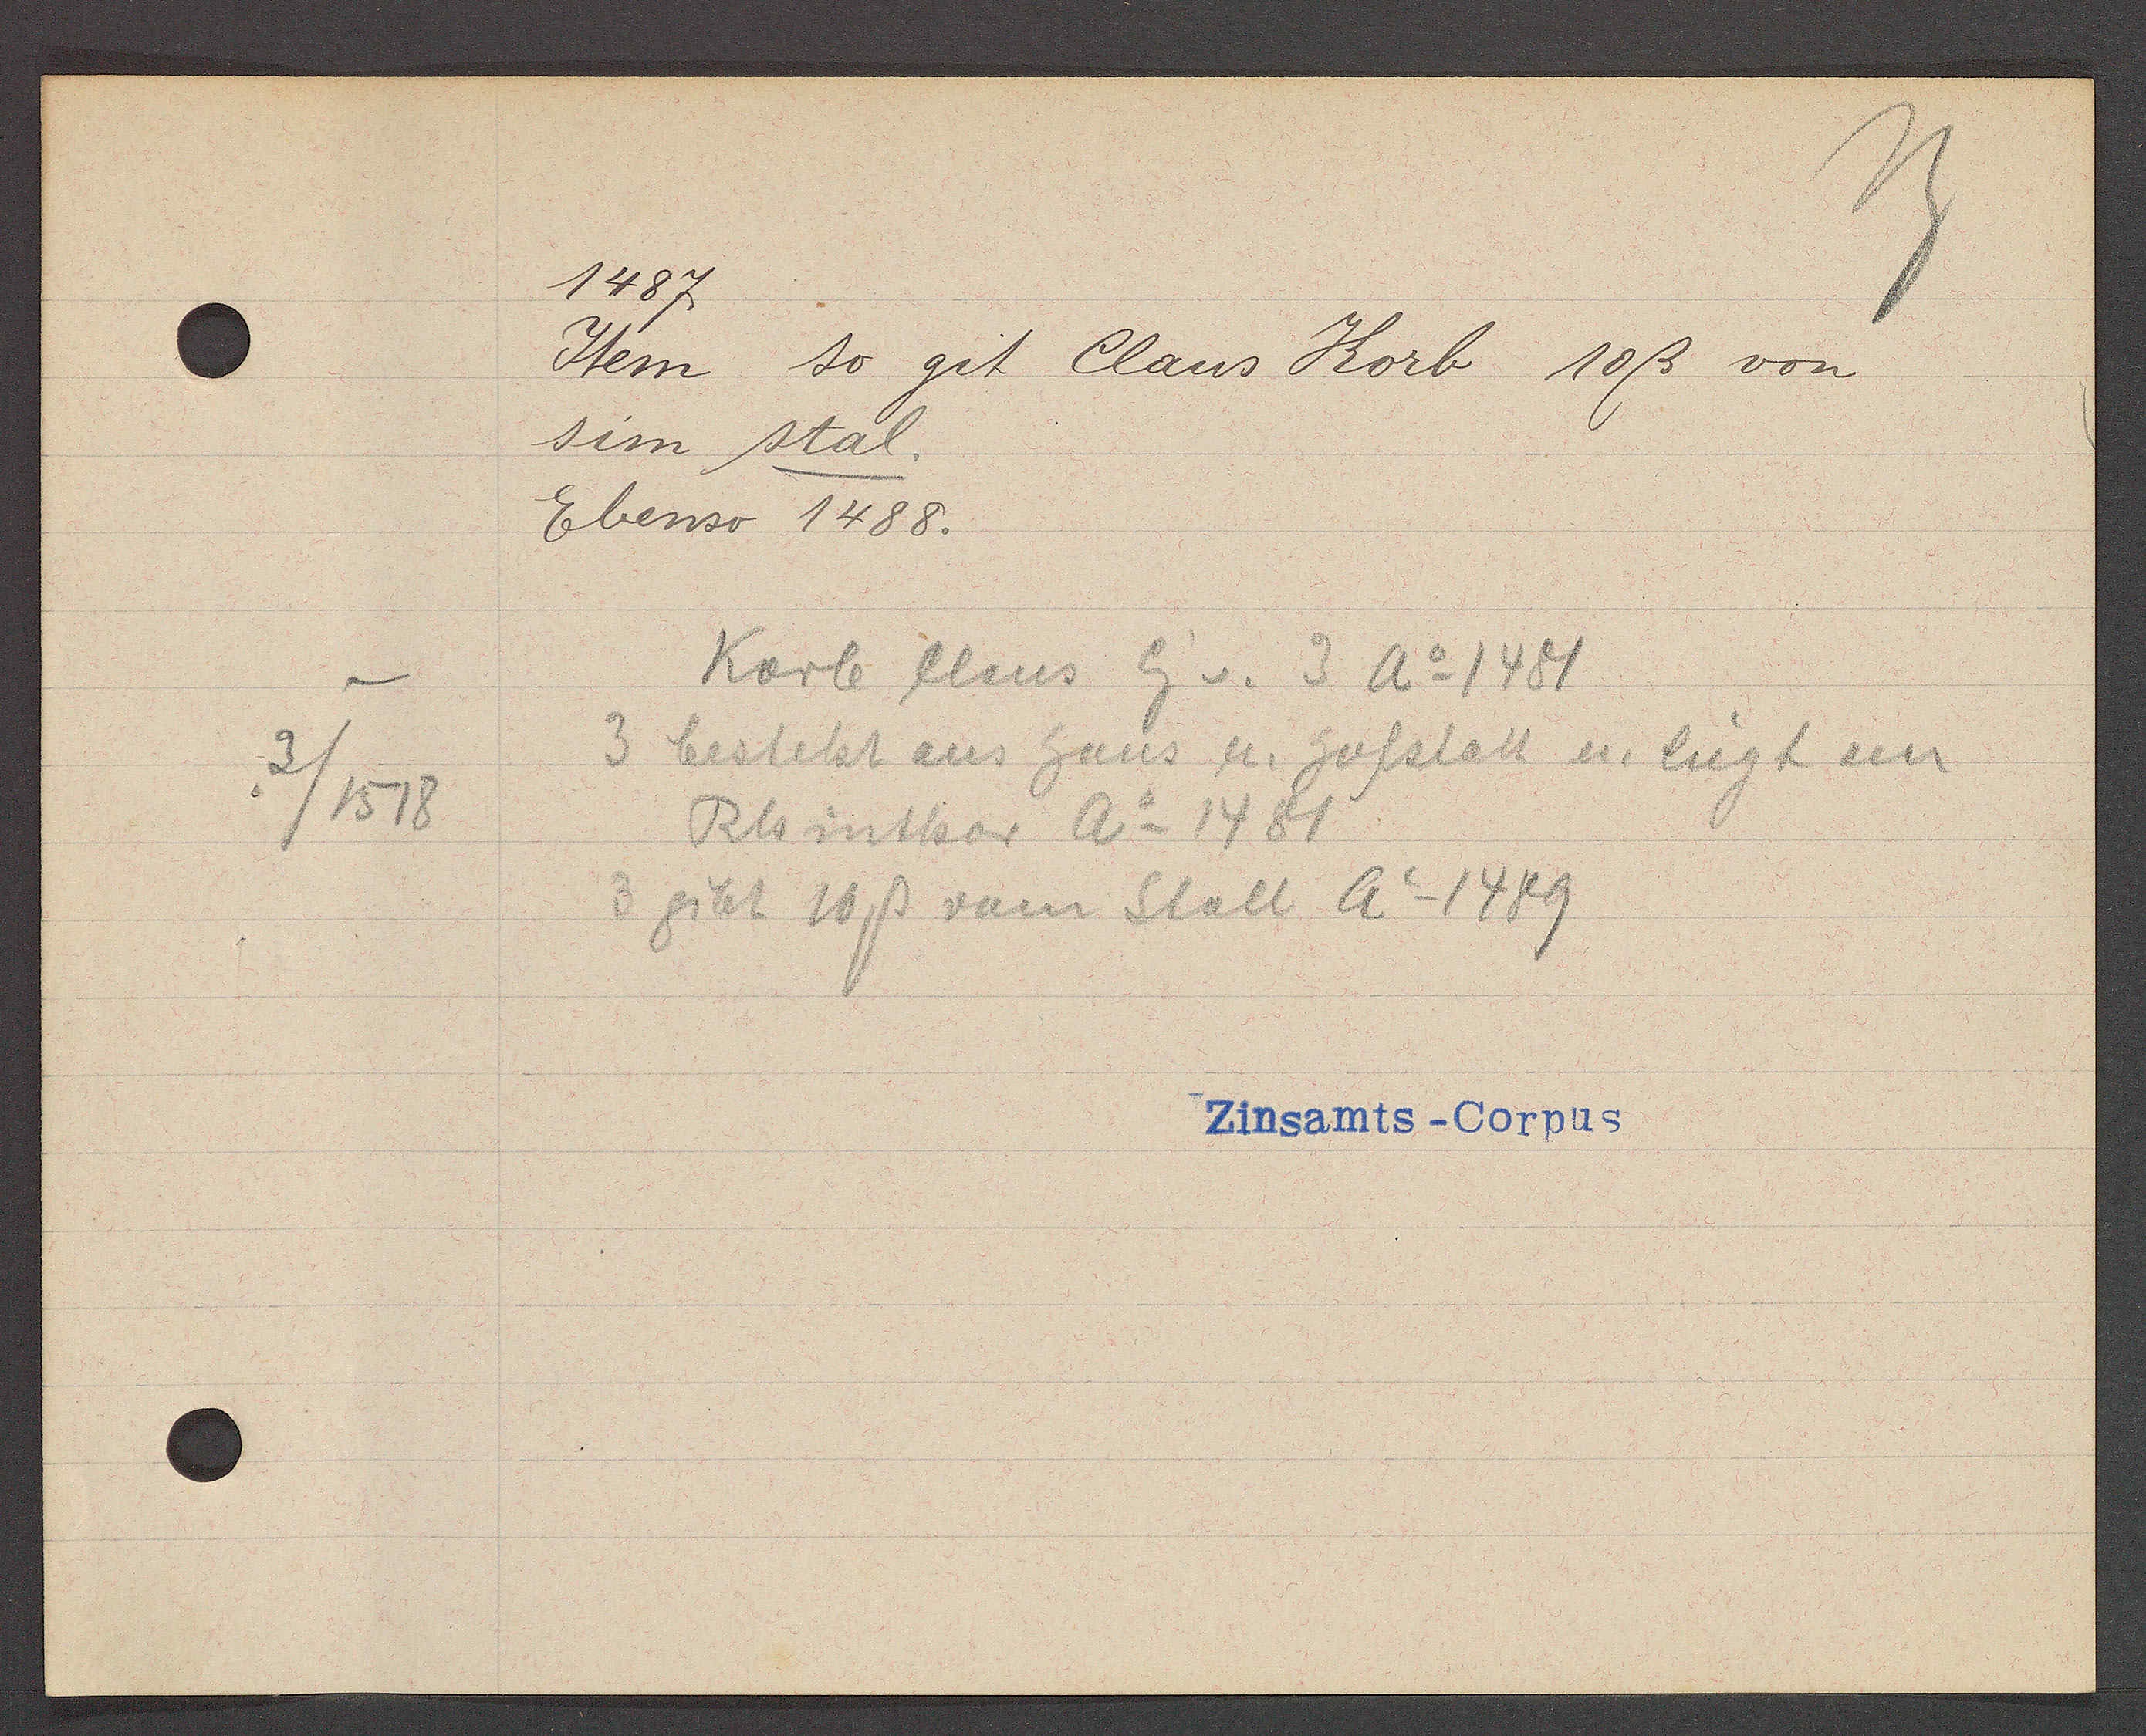
Transcript:
3 /1518

1487
Item so git Claus Korb 10ß von
sim stal.
Ebenso 1488.
Korb Claus Eg v. 3 Ao 1481
3 besteht aus haus u. hofstatt u. liegt am
Rhinthor Ao 1481
3 gibt 10 ß vom Stall Ao 1489